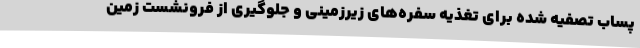
پساب تصفیه شده برای تغذیه سفره‌های زیرزمینی و جلوگیری از فرونشست زمین